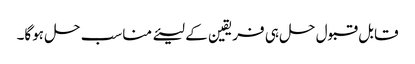
قابل قبول حل ہی فریقین کے لیئے مناسب حل ہوگا۔